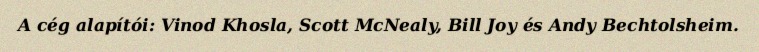
A cég alapítói: Vinod Khosla, Scott McNealy, Bill Joy és Andy Bechtolsheim.